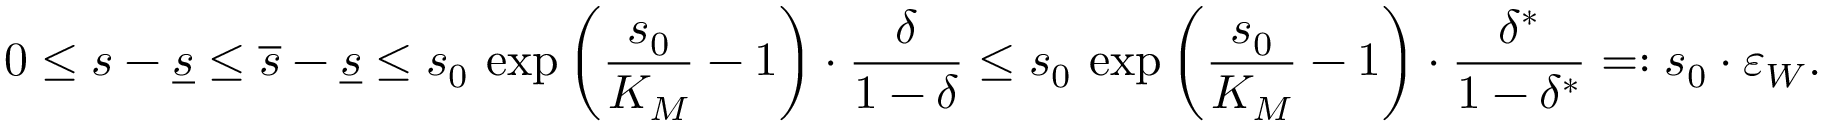
0 \leq s - \underline { { s } } \leq \overline { { s } } - \underline { { s } } \leq s _ { 0 } \, \exp \left( \frac { s _ { 0 } } { K _ { M } } - 1 \right) \cdot \frac { \delta } { 1 - \delta } \leq s _ { 0 } \, \exp \left( \frac { s _ { 0 } } { K _ { M } } - 1 \right) \cdot \frac { \delta ^ { * } } { 1 - \delta ^ { * } } = : s _ { 0 } \cdot \varepsilon _ { W } .